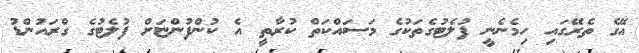
އޭގެ ތެރޭގައި ހިމެނެނީ ފުލެޓުގެތަކުގެ މަސައްކަތް ކުރާތީ އެ ކުންފުންޏަށް ފުލެޓުގެ ގްރައުންޑު